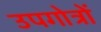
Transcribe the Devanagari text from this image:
उपगोत्रों